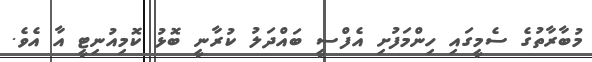
މުބާރާތުގެ ސެމީގައި ހިންމަފުށި އެފްސީ ބައްދަލު ކުރާނީ ބޮޅު ކޮމިއުނިޓީ އާ އެވެ.